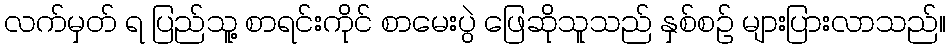
လက်မှတ် ရ ပြည်သူ့ စာရင်းကိုင် စာမေးပွဲ ဖြေဆိုသူသည် နှစ်စဉ် များပြားလာသည်။